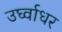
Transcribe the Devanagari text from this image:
उर्घ्वाधर